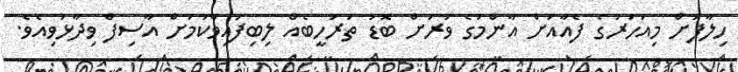
ހިލާފަށް މިއަހަރުގެ ފެއާއަށް އާންމުގެ ވަރަށް ބޮޑު ތަރުހީބެއް ލިބިފައިވާކަމަށް އާސިފް ވިދާޅުވިއެވެ.